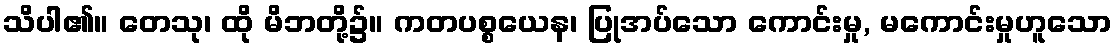
သိပါ၏။ တေသု၊ ထို မိဘတို့၌။ ကတပစ္စယေန၊ ပြုအပ်သော ကောင်းမှု, မကောင်းမှုဟူသော